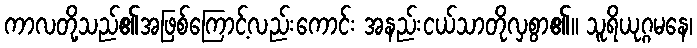
ကာလတို့သည်၏အဖြစ်ကြောင့်လည်းကောင်း အနည်းငယ်သာတိုလှစွာ၏။ သူရိယုဂ္ဂမနေ၊